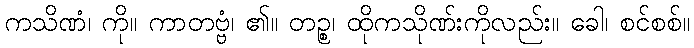
ကသိဏံ၊ ကို။ ကာတဗ္ဗံ၊ ၏။ တဉ္စ၊ ထိုကသိုဏ်းကိုလည်း။ ခေါ၊ စင်စစ်။